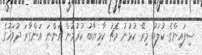
ސިފައިންގެ ކުލަބު މިރޭ ކުޅުނު މެޗު ކާމިޔާބު ކުރުމުން އަންނަ އަންގާރަ ދުވަހުގެ